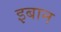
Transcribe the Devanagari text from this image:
इबान